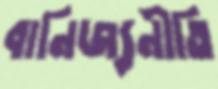
বানিজ্যনীতি